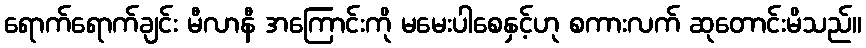
ရောက်ရောက်ချင်း မီလာနီ အကြောင်းကို မမေးပါစေနှင့်ဟု စကားလက် ဆုတောင်းမိသည်။